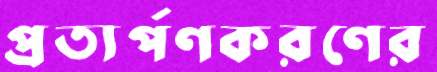
প্রত্যর্পণকরণের